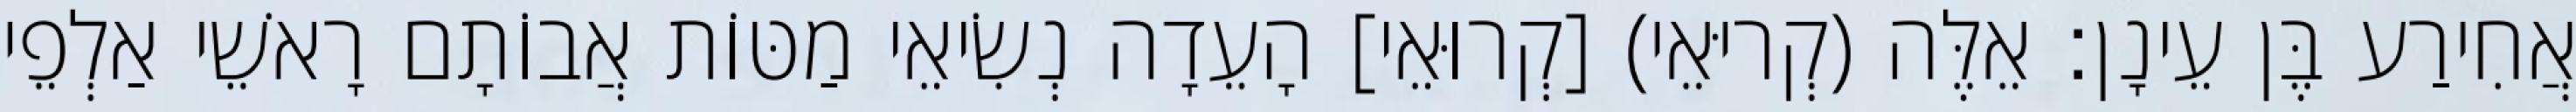
אֲחִירַע בֶּן עֵינָן׃ אֵלֶּה (קְריּאֵי) [קְרוּאֵי] הָעֵדָה נְשִׂיאֵי מַטּוֹת אֲבוֹתָם רָאשֵׁי אַלְפֵי